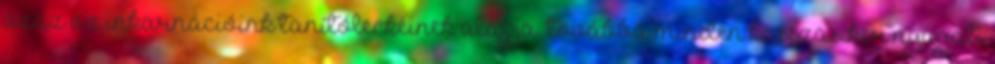
azaz az inkarnációink tanítóleckéinek alapja, továbbá minden kasszasiker nyugati